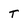
Character: t